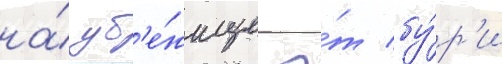
на́ уб'е́жище о́т бу́р'и